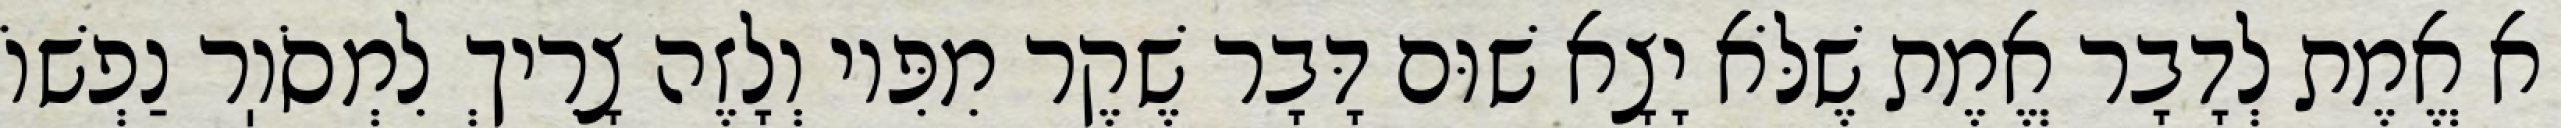
א אֱמֶת לְדָבָר אֱמֶת שֶׁלֹּא יָצָא שׁוּם דָּבָר שֶׁקֶר מִפִּיו וְלָזֶה צָרִיךְ לִמְסֹוֽר נַפְשׁוֹ